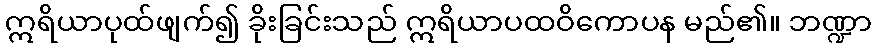
ဣရိယာပုထ်ဖျက်၍ ခိုးခြင်းသည် ဣရိယာပထဝိကောပန မည်၏။ ဘဏ္ဍာ